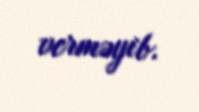
verməyib.